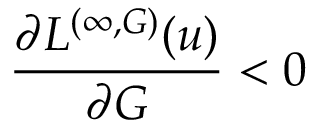
\frac { \partial L ^ { ( \infty , G ) } ( u ) } { \partial G } < 0